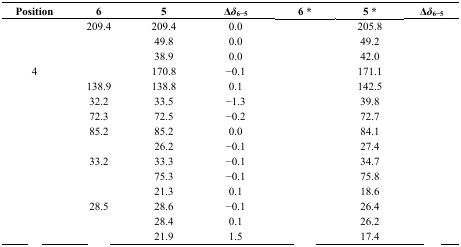
<table><thead><tr><td><b>Position</b></td><td><b>6</b></td><td><b>5</b></td><td><b>Δ<i>δ</i><sub>6−5</sub></b></td><td><b>6 *</b></td><td><b>5 *</b></td><td><b>Δ<i>δ</i><sub>6−5</sub></b></td></tr></thead><tbody><tr><td>[EMPTY_CELL]</td><td>209.4</td><td>209.4</td><td>0.0</td><td>[EMPTY_CELL]</td><td>205.8</td><td>[EMPTY_CELL]</td></tr><tr><td>[EMPTY_CELL]</td><td>[EMPTY_CELL]</td><td>49.8</td><td>0.0</td><td>[EMPTY_CELL]</td><td>49.2</td><td>[EMPTY_CELL]</td></tr><tr><td>[EMPTY_CELL]</td><td>[EMPTY_CELL]</td><td>38.9</td><td>0.0</td><td>[EMPTY_CELL]</td><td>42.0</td><td>[EMPTY_CELL]</td></tr><tr><td>4</td><td>[EMPTY_CELL]</td><td>170.8</td><td>−0.1</td><td>[EMPTY_CELL]</td><td>171.1</td><td>[EMPTY_CELL]</td></tr><tr><td>[EMPTY_CELL]</td><td>138.9</td><td>138.8</td><td>0.1</td><td>[EMPTY_CELL]</td><td>142.5</td><td>[EMPTY_CELL]</td></tr><tr><td>[EMPTY_CELL]</td><td>32.2</td><td>33.5</td><td>−1.3</td><td>[EMPTY_CELL]</td><td>39.8</td><td>[EMPTY_CELL]</td></tr><tr><td>[EMPTY_CELL]</td><td>72.3</td><td>72.5</td><td>−0.2</td><td>[EMPTY_CELL]</td><td>72.7</td><td>[EMPTY_CELL]</td></tr><tr><td>[EMPTY_CELL]</td><td>85.2</td><td>85.2</td><td>0.0</td><td>[EMPTY_CELL]</td><td>84.1</td><td>[EMPTY_CELL]</td></tr><tr><td>[EMPTY_CELL]</td><td>[EMPTY_CELL]</td><td>26.2</td><td>−0.1</td><td>[EMPTY_CELL]</td><td>27.4</td><td>[EMPTY_CELL]</td></tr><tr><td>[EMPTY_CELL]</td><td>33.2</td><td>33.3</td><td>−0.1</td><td>[EMPTY_CELL]</td><td>34.7</td><td>[EMPTY_CELL]</td></tr><tr><td>[EMPTY_CELL]</td><td>[EMPTY_CELL]</td><td>75.3</td><td>−0.1</td><td>[EMPTY_CELL]</td><td>75.8</td><td>[EMPTY_CELL]</td></tr><tr><td>[EMPTY_CELL]</td><td>[EMPTY_CELL]</td><td>21.3</td><td>0.1</td><td>[EMPTY_CELL]</td><td>18.6</td><td>[EMPTY_CELL]</td></tr><tr><td>[EMPTY_CELL]</td><td>28.5</td><td>28.6</td><td>−0.1</td><td>[EMPTY_CELL]</td><td>26.4</td><td>[EMPTY_CELL]</td></tr><tr><td>[EMPTY_CELL]</td><td>[EMPTY_CELL]</td><td>28.4</td><td>0.1</td><td>[EMPTY_CELL]</td><td>26.2</td><td>[EMPTY_CELL]</td></tr><tr><td>[EMPTY_CELL]</td><td>[EMPTY_CELL]</td><td>21.9</td><td>1.5</td><td>[EMPTY_CELL]</td><td>17.4</td><td>[EMPTY_CELL]</td></tr></tbody></table>